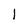
Character: 1